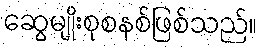
ဆွေမျိုးစုစနစ်ဖြစ်သည်။